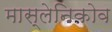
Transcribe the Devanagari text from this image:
मास्लेनिकोव